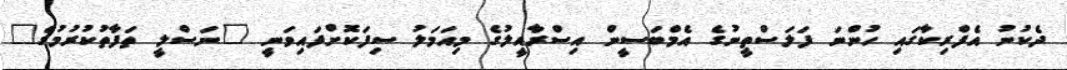
ދެކުނު އެފްރިކާގައި ހުންނަ ފަލަސްތީނުގެ އެމްބަސީން އިސްރާއީލުގެ މިއަމަލު ސިފަކޮށްފައިވަނީ "ނަސްލީ ތަފާތުކުރުމުގެ"